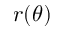
r ( \theta )